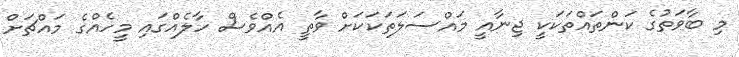
މި ބާވަތުގެ ކަންތައްތަކަކީ ޖިނާއީ މައްސަލަތަކަކަށް ވާތީ އެއްވެސް ހާލެއްގައި މީހެއްގެ މައްޗަށް